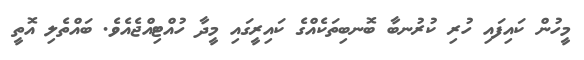
މީހުން ކައިފައި ހުރި ކުރުނބާ ބޮނބިތަކެއްގެ ކައިރީގައި މީދާ ހުއްޓިއްޖެއެވެ. ބައްތެލި އޮތީ